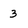
Character: 3